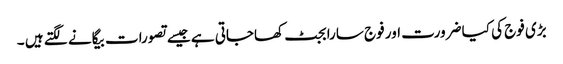
بڑی فوج کی کیا ضرورت اور فوج سارا بجٹ کھاجاتی ہے جیسے تصورات بیگانے لگتے ہیں ۔